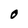
Character: O